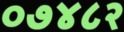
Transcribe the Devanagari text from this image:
०७४८२